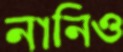
নানিও